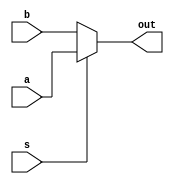
module mux( a, b, s, out);

	input a, b, s;
	output reg out;

	always @(a, b, s)
		if (s)
			out <= a;
		else
			out <= b;

endmodule